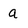
Character: a